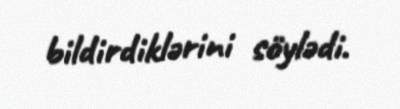
bildirdiklərini söylədi.